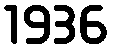
1936